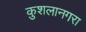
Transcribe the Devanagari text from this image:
कुशलानगरा